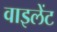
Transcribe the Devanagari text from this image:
वाइलेंट